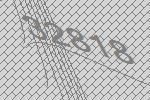
32818